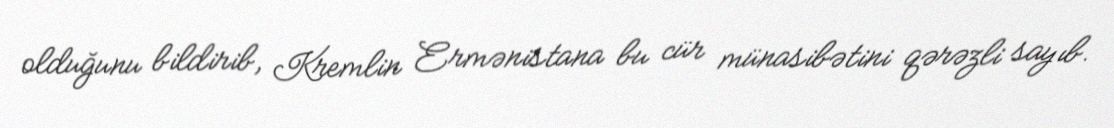
olduğunu bildirib, Kremlin Ermənistana bu cür münasibətini qərəzli sayıb.